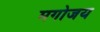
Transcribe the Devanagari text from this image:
मगोजय